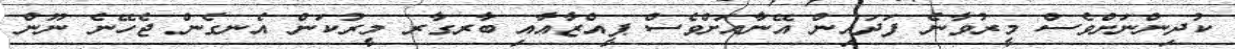
ކުދިންނަށްވެސް މީރުވާނެ ފަދައިން އޭނާއަށްވެސް ޕީއްޒާއާއި ބާރގާރ މީރުކަން އެނގެން ޖެހޭނެ ނޫން